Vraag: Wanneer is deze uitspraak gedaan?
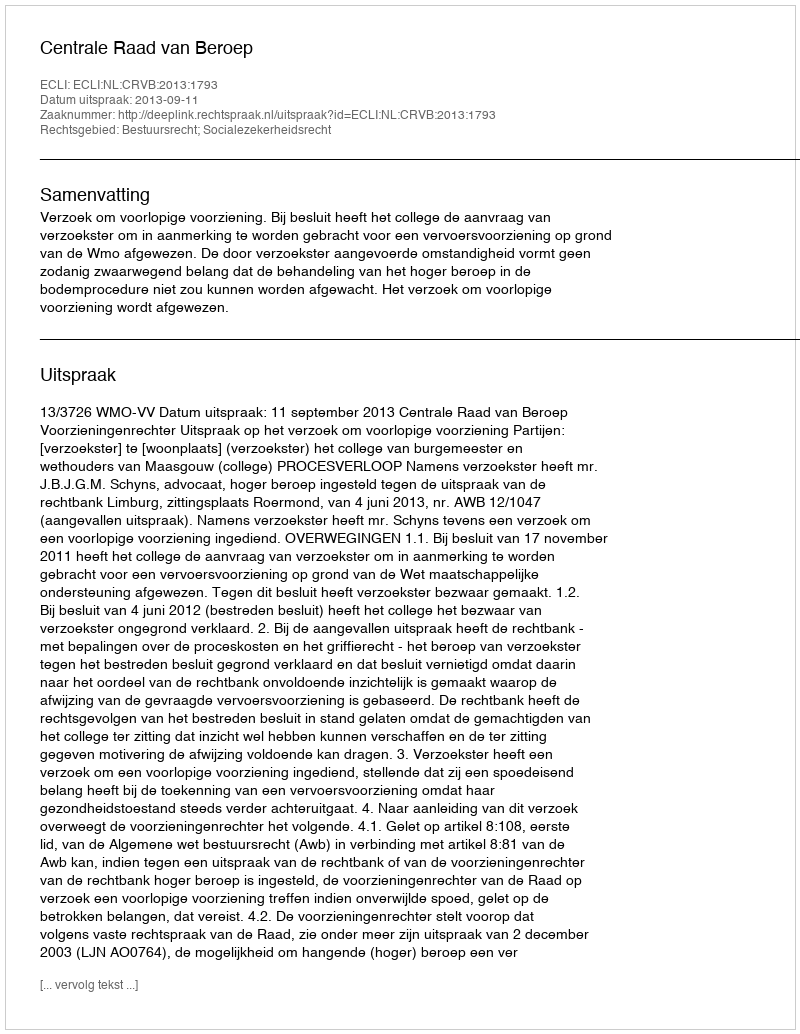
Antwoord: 2013-09-11